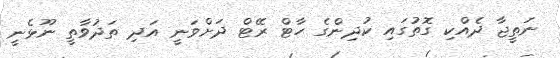
ނަތީޖާ ދެއްކި ގޮތުގައި ކުދިންގެ ހާޓް ރޭޓް ދަށްވަނީ އަދި ތަދުވާތީ ނޫޅެނީ